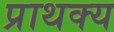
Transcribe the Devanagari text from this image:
प्राथक्य